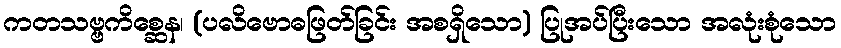
ကတသဗ္ဗကိစ္ဆေန၊ (ပလိဗောဓဖြတ်ခြင်း အစရှိသော) ပြုအပ်ပြီးသော အလုံးစုံသော